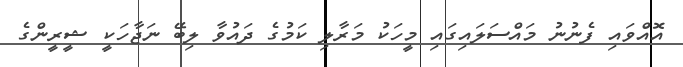
އޮއްވައި ފެނުނު މައްސަލައިގައި މީހަކު މަރާލި ކަމުގެ ދައުވާ ލިބޭ ނަޖާހަކީ ޝީރީންގެ